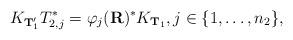
LaTeX: \begin{align*}K_{{\bf T}_1'} T_{2,j}^* =\varphi_j({\bf R})^*K_{{\bf T}_1}, j\in\{1,\ldots, n_2\},\end{align*}